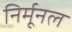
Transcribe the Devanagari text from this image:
निर्मूनल